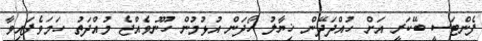
ފެންޓަސީ ބޭކަރީ އަށް ހުއްދަދޭން ޚިޔާލު ހޯދަން އުޅުމުން ހޫނުވެއްޖެ މުއްދަތު ހަމަވެފައިވާ